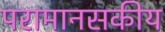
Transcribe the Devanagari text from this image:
परामानसकीय